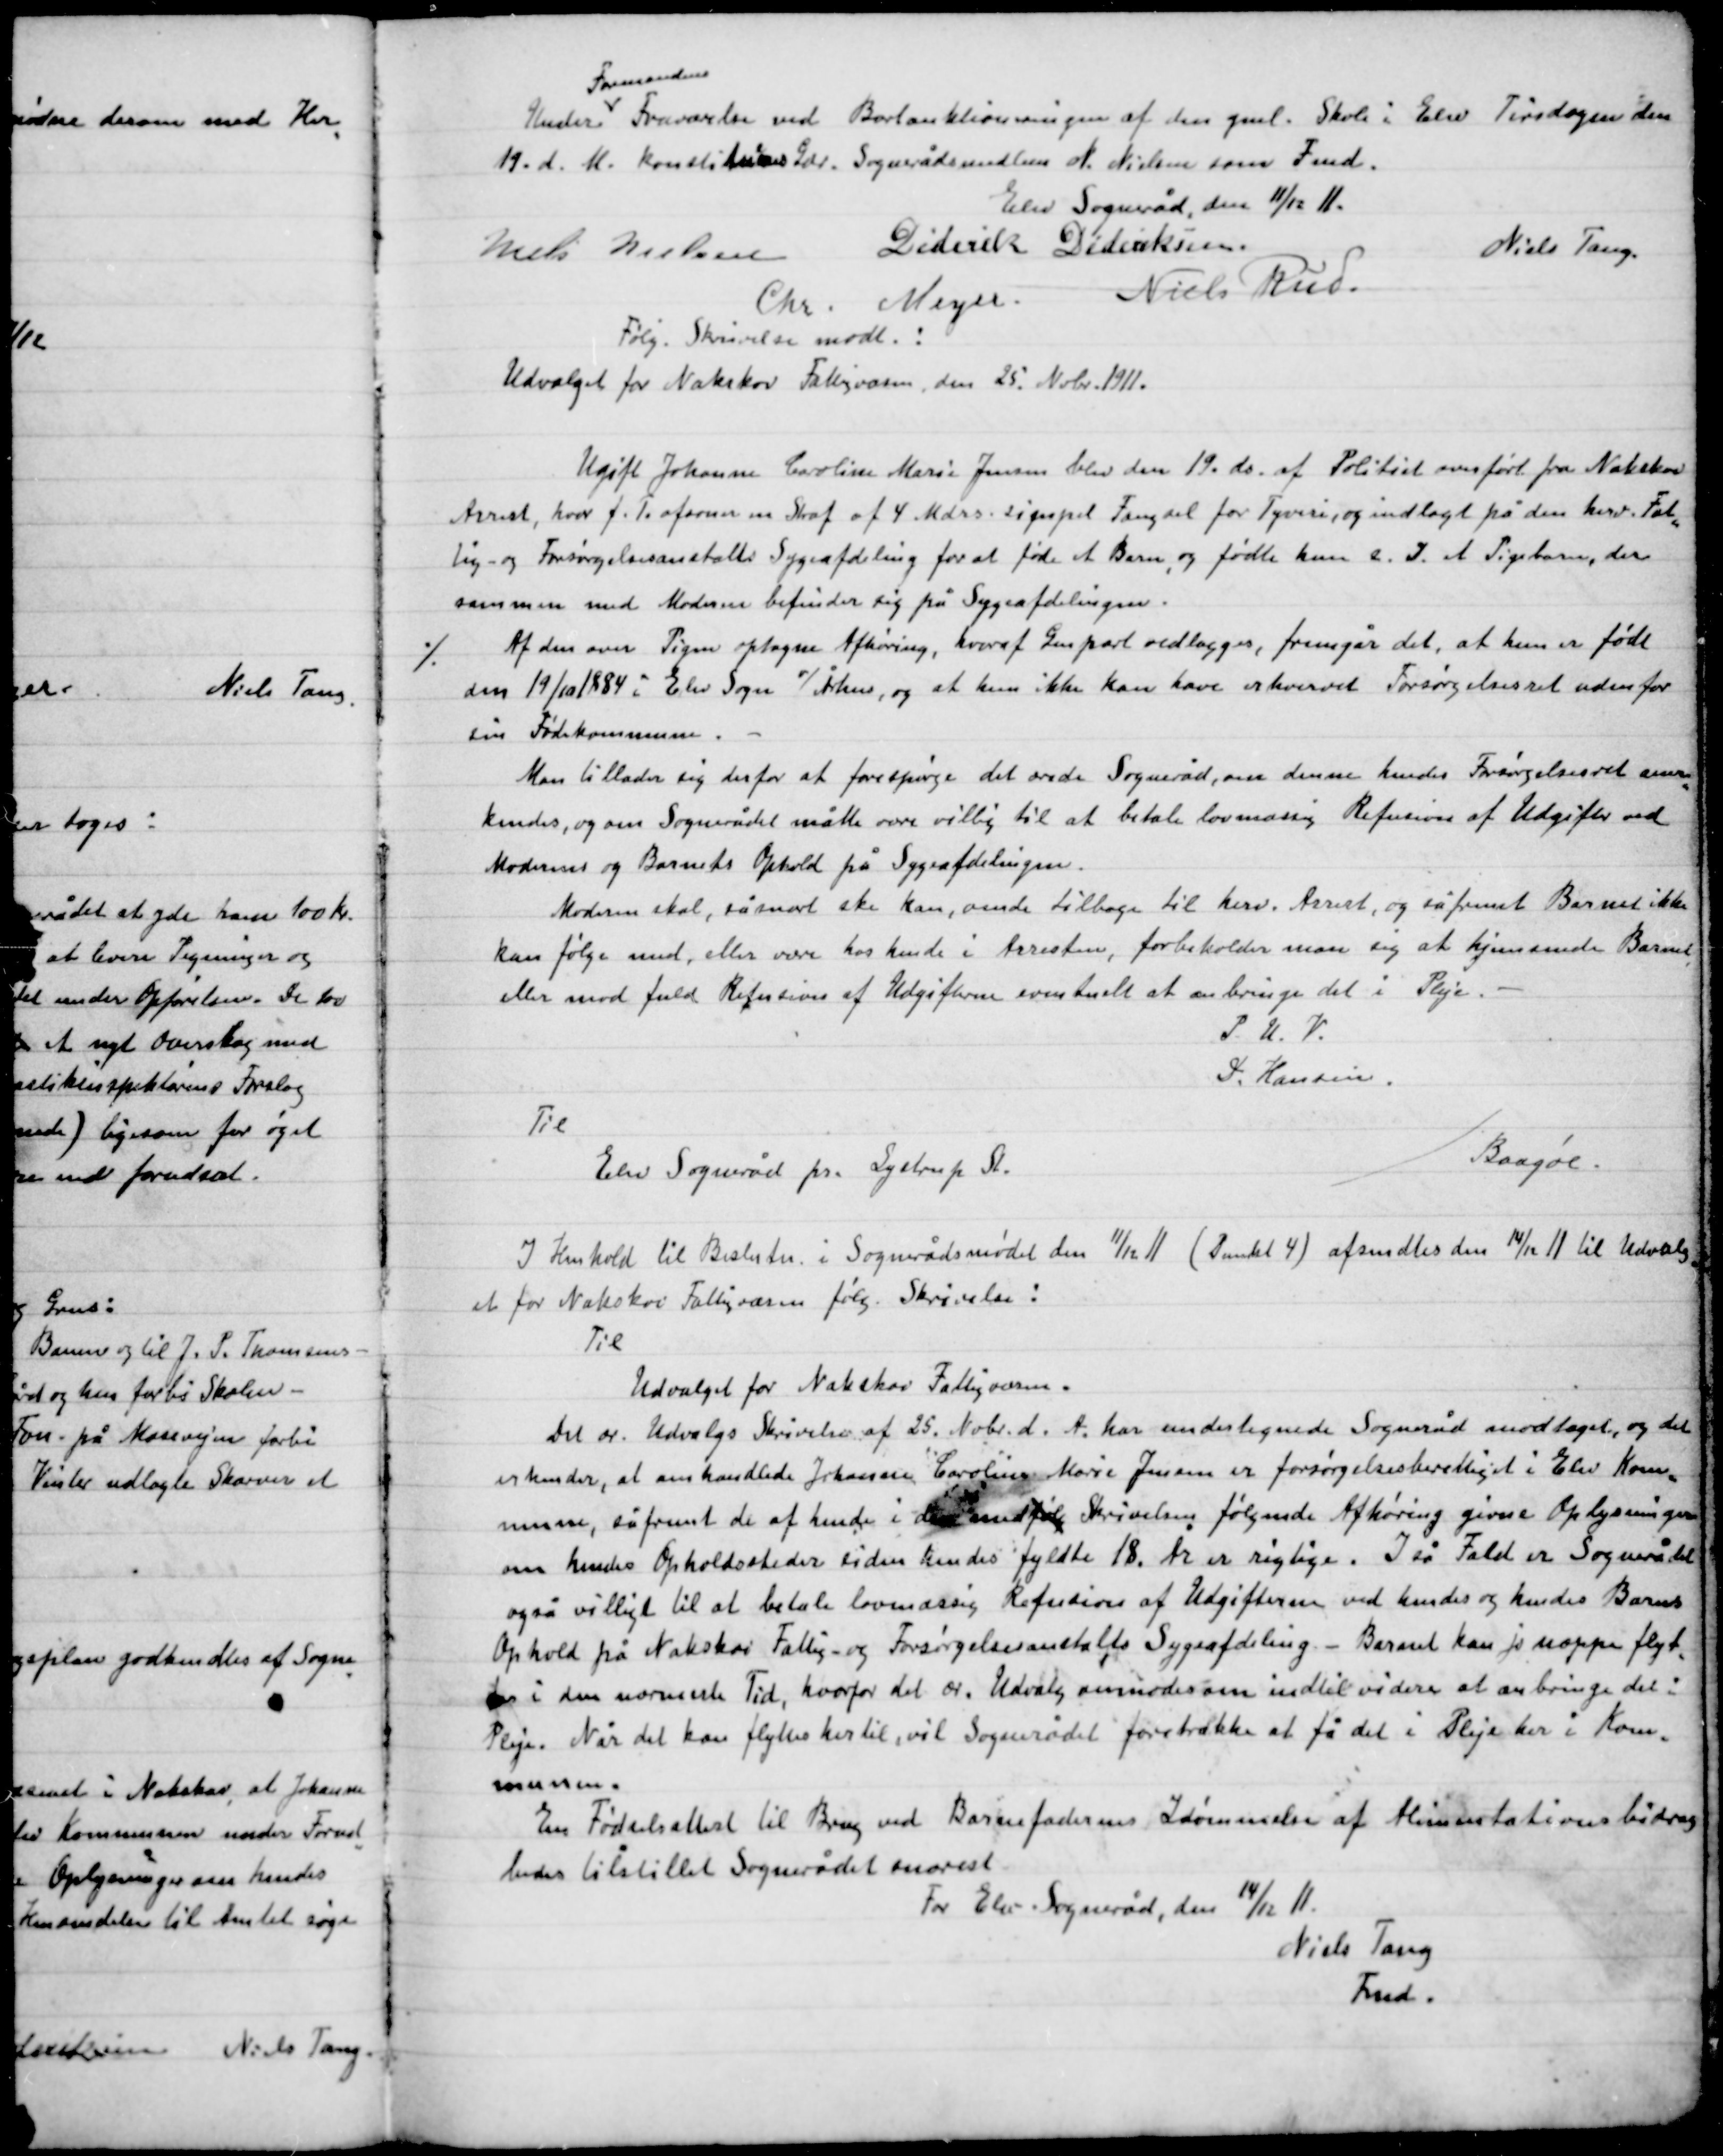
Transskription:
Under
Formandens
Fraværelse ved Bortauktioneringen af den gaml. Skole i Elev Tirsdagen den
19. d. M. konstitueres  Sognerådsmedlem N. Nielsen som Fmd.

Elev Sogneråd den 11/12 11.

Niels Nielsen
Diderik Dideriksen
Niels Tang
Chr. Meyer
Niels Rud.

Følg. Skrivelse modt.:

Udvalget for Nakskov Fattigvæsen den 25. Nobr. 1911.
Ugift Johanne Caroline Marie Jensen blev den 19. ds. Af Politiet overført fra Nakskov
Arrest, hvor F. T. afsoner en Straf af 4 Mdrs. simpel Fængsel for Tyveri og indlagt på den herv. Fat-
tig- og Forsørgelsesanstalts Sygeafdeling for at føde et Barn og fødte hun & I. A. Pigebarn, der
sammen med Moderen befinder sig på Sygeafdelingen.
Af den over Pigen optagen Afhøring, heraf Genpart vedlægges, fremgår det, at hun er født
den 19/10 1884 i Elev Sogn v/ Århus, og at hun ikke kan have erhvervet Forsørgelsesret udenfor
sin Fødekommune.
Man tillader sig derfor at forespørge det ærede Sogneråd, om denne kendes Forsørgelsesret anser
hende, og om Sognerådet måtte være villig til at betale lovmæssig Refusion af Udgifter ved
Moderens og Barnets Ophold på Sygeafdelingen.
Moderen skal, så snart ske han, vente tilbage til herv. Arrest, og såfremt Barnet ikke
kan følge med, eller være hos hende i Arresten, forbeholder man sig at hjemsende Barnet
eller mod fuld Refusion af Udgifterne eventuelt at anbringe det i Pleje. –
P.U.V.
I. Hansen
Til
Elev Sogneråd pr. Lystrup St.
Baagøe.

I Henhold til Beslutn. I Sognerådsmødet den 11/12 11 (Punkt 4) afsendt den 14/12 11 til Udvalg
Et for Nakskov Fattigvæsen følg. Skrivelse:

Til
Udvalget for Nakskov Fattigvæsen
Det af Udvalgets Skrivelse af 25 Nobr. d. A. har undertegnede Sogneråd modtaget, og det
erkender, at omhandlede Johanne Caroline Marie Jensen er forsørgelsesberettiget i Elev Kom-
mune, såfremt de af hende i den med følg. Skrivelse følgende Afhøring givne Oplysninger
om hendes Opholdssteder siden hendes fyldte 18. År er rigtige. I så Fald er Sognerådet
også villigt til at betale lovmæssig Refusion af Udgifterne ved hendes og hendes Barns
Ophold på Nakskov Fattig- og Forsørgelsesanstalts Sygeafdeling. – Barnet kan jo næppe flyt-
tes i den nærmeste Tid, hvorfor det ær. Udvalg anmoder om indtil videre at anbringe det i
Pleje. Når det kan flyttes hertil, vil sognerådet foretrække at få det i Pleje her i Kom-
munen.
En Fødselsattest til Brug ved Barnefaderen Idømmelse af Alimentationsbidrag
bedes tilstillet sognerådet snarest.
For Elev Sogneråd, den 14/12 11.
Niels Tang
Fmd.